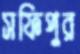
সফিপুর